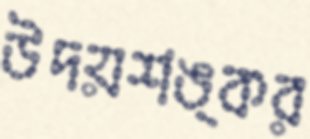
উদয়শঙ্কর